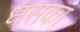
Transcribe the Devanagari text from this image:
धसका